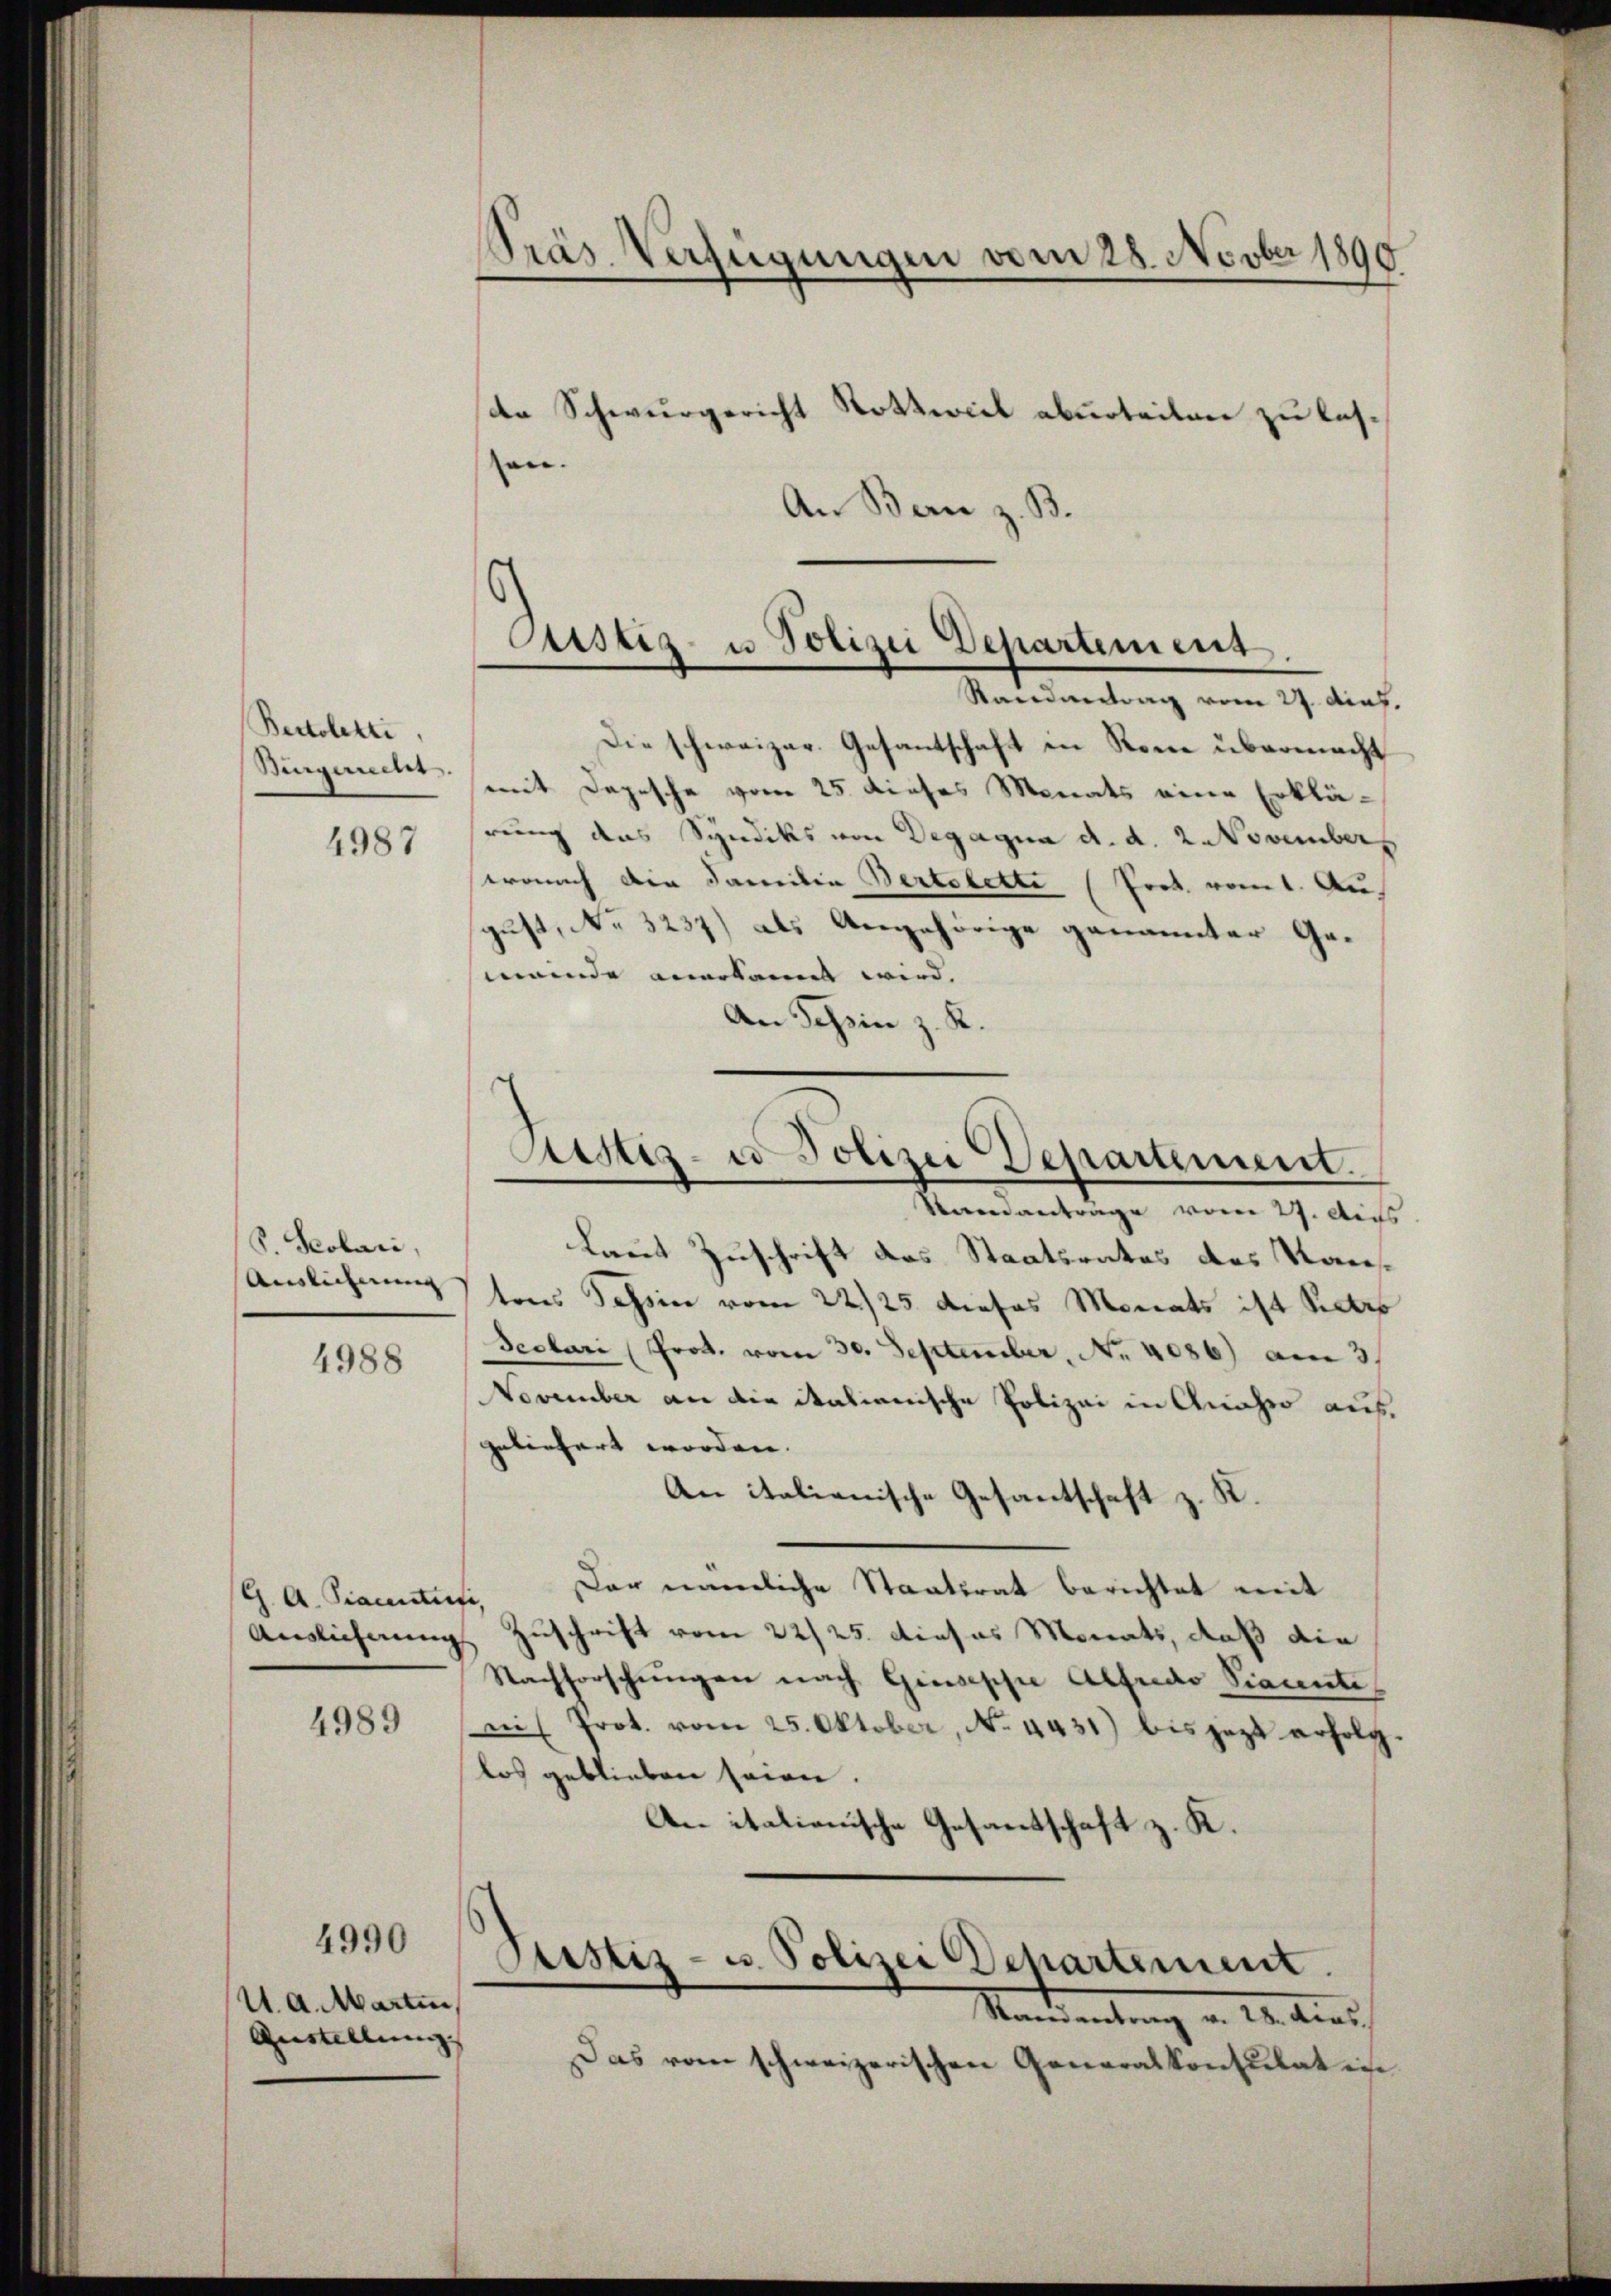
Bertoletti.
Bingerrecht
4987

S. Scolari,
Auslicherung

4988

G. A. Staunter
Auslieferung |

4989

4990

4. d. Marten,
Austellung |

Pras Verfügungen vom 28. Novber 1890
dte Schwurgericht Rottwiel aburteilen zu lasen.

An Bern z. B.

Astiz- u Polizei Departement

Randvertrag vom 27. dies.
Die schweizer. Gesantschaft in Rome übermacht
mit Depesche vom 25. dieses Monats eine Erklärung das Syndiks von Degagna d. d. 2 November
wonach der Familie Bertolette (Fret vom 1. August, No 3237) als Angehörige genannter Gemeinde anerkannt wird. |
An Schein z. K.

Sistiz- & Polizei Departement.

Snenantrage vom 27. Auss
Laut Zuschrift das Staatsrates des Raustons Tessin vom 22/25. dieses Monats ist Patro
Seolari (Prot. vom 30. September, Nr. 4086) am 3.
NNovember an die italienische Polizei in Anasso ausgeliefert worden. |
An italienische Gesantschaft z. R.
Der nämliche Staatsrat berichtet mit
,
Zuschrift vom 22/25. dieses Monats, daß die
Nachforschungen nach Giuseph Alfredo Siaunte
ni Prot. vom 25. Oktober, No. 4431) bis jezt erfolg.
los geblieben seien.
An italionische Gesantschaft z. K.
Justiz- u. Polizei Departement.
Mandantung a. 20. Aus
Das vom schweizerischen Generalkonsulat in